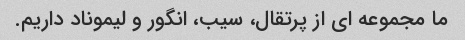
ما مجموعه ای از پرتقال، سیب، انگور و لیموناد داریم.